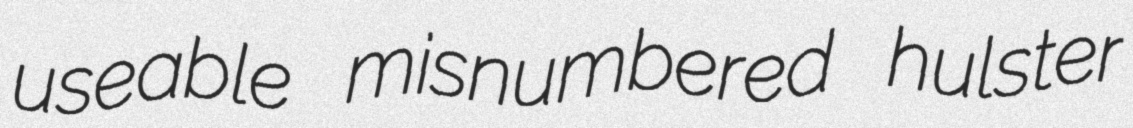
useable misnumbered hulster